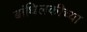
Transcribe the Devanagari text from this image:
बांधिलकीच्या